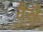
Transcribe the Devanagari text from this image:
तैसै